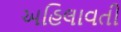
અહિલાવતી